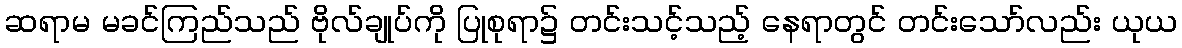
ဆရာမ မခင်ကြည်သည် ဗိုလ်ချုပ်ကို ပြုစုရာ၌ တင်းသင့်သည့် နေရာတွင် တင်းသော်လည်း ယုယ